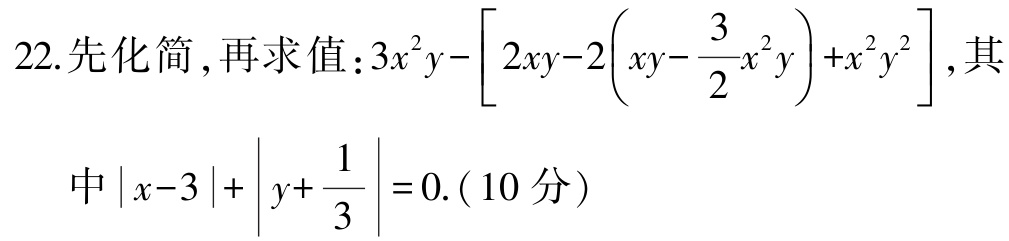
22.先化简,再求值：$3x^{2}y-\left[2xy - 2\left(xy - \dfrac{3}{2}x^{2}y\right)+x^{2}y^{2}\right]$,其

中$\vert x - 3\vert+\left\vert y + \dfrac{1}{3}\right\vert = 0$.（10分）